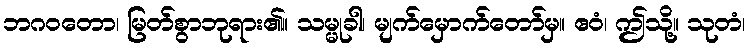
ဘဂဝတော၊ မြတ်စွာဘုရား၏။ သမ္မုခါ၊ မျက်မှောက်တော်မှ။ ဧဝံ၊ ဤသို့။ သုတံ၊